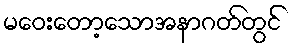
မဝေးတော့သောအနာဂတ်တွင်